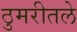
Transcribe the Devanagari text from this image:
ठुमरीतले